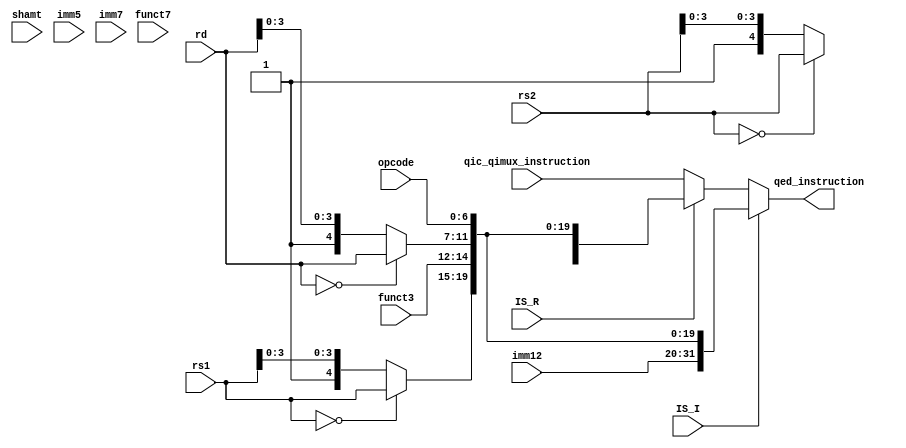
module modify_instruction (
// Outputs
qed_instruction,
// Inputs
shamt,
imm12,
IS_R,
qic_qimux_instruction,
rd,
funct3,
opcode,
rs2,
funct7,
IS_I,
imm5,
rs1,
imm7);

  input [4:0] shamt;
  input [11:0] imm12;
  input IS_R;
  input [31:0] qic_qimux_instruction;
  input [4:0] rd;
  input [2:0] funct3;
  input [6:0] opcode;
  input [4:0] rs2;
  input [6:0] funct7;
  input IS_I;
  input [4:0] imm5;
  input [4:0] rs1;
  input [6:0] imm7;

  output reg [31:0] qed_instruction;

  wire [31:0] INS_I;
  wire [31:0] INS_R;
  wire [31:0] INS_CONSTRAINT;

  wire [4:0] NEW_rd;
  wire [4:0] NEW_rs1;
  wire [4:0] NEW_rs2;

  assign NEW_rd = (rd == 5'b00000) ? rd : {1'b1, rd[3:0]};
  assign NEW_rs1 = (rs1 == 5'b00000) ? rs1 : {1'b1, rs1[3:0]};
  assign NEW_rs2 = (rs2 == 5'b00000) ? rs2 : {1'b1, rs2[3:0]};

  assign INS_I = {imm12, NEW_rs1, funct3, NEW_rd, opcode};
  assign INS_R = {funct7, NEW_rs2, NEW_rs1, funct3, NEW_rd, opcode};

  assign qed_instruction = IS_I ? INS_I : (IS_R ? INS_R : qic_qimux_instruction);

endmodule